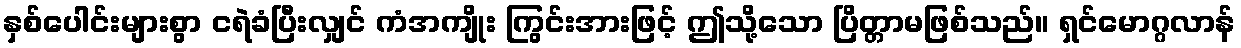
နှစ်ပေါင်းများစွာ ငရဲခံပြီးလျှင် ကံအကျိုး ကြွင်းအားဖြင့် ဤသို့သော ပြိတ္တာမဖြစ်သည်။ ရှင်မောဂ္ဂလာန်